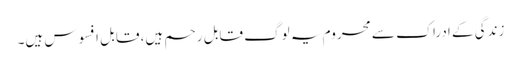
زندگی کے ادراک سے محروم یہ لوگ قابل رحم ہیں، قابل افسوس ہیں۔